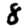
Digit: 8